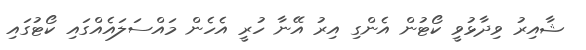
ޝާއިރު ވިދާޅުވީ ކޯޓުން އެންގި އިރު އޭނާ ހުރީ އެހެން މައްސަލައެއްގައި ކޯޓުގައި